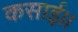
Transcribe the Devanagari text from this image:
कसाई।।